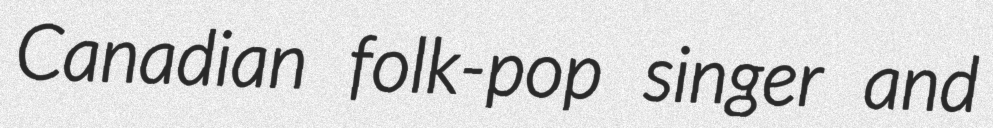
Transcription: Canadian folk-pop singer and